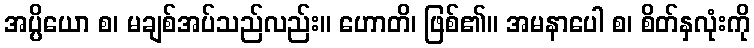
အပ္ပိယော စ၊ မချစ်အပ်သည်လည်း။ ဟောတိ၊ ဖြစ်၏။ အမနာပေါ စ၊ စိတ်နှလုံးကို